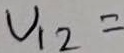
Text: U12=